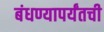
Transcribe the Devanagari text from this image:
बंधण्यापर्यंतची